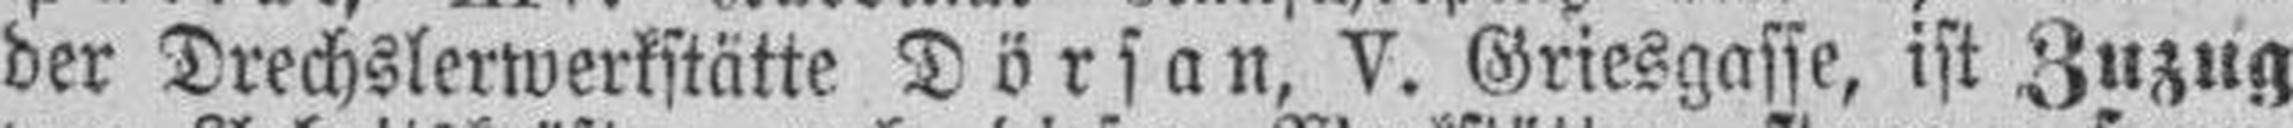
der Drechslerwerkstätte Dörsan, V. Griesgasse, ist Zuzug